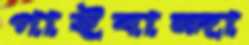
গাইবান্দা